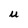
Character: U